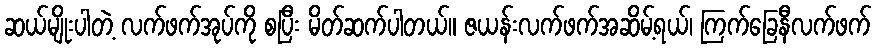
ဆယ်မျိုးပါတဲ့ လက်ဖက်အုပ်ကို စပြီး မိတ်ဆက်ပါတယ်။ ဇယန်းလက်ဖက်အဆိမ့်ရယ်၊ ကြက်ခြေနီလက်ဖက်